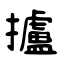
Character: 攎